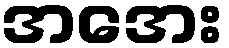
အအေး